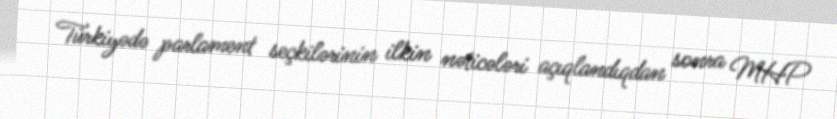
Türkiyədə parlament seçkilərinin ilkin nəticələri açıqlandıqdan sonra MHP